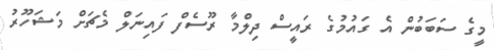
މީގެ ސަބަބުން އެ ގައުމުގެ ރައީސް ދިލްމާ ރޫސެފް ފައިނަލް މެޗަށް މަޝަހޫރު